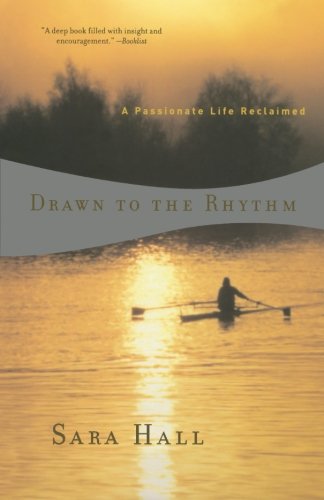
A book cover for Drawn to the Rhythm: A Passionate Life Reclaimed; Sara Hall; Sports & Outdoors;